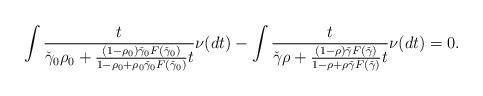
LaTeX: \begin{align*}\int \frac{t}{\check\gamma_0\rho_0+\frac{(1-\rho_0)\check\gamma_0F(\check\gamma_0)}{1-\rho_0+\rho_0\check\gamma_0 F(\check{\gamma}_0)}t}\nu(dt) - \int \frac{t}{\check\gamma\rho+\frac{(1-\rho)\check\gamma F(\check\gamma)}{1-\rho+\rho \check\gamma F(\check{\gamma})}t}\nu(dt) &= 0.\end{align*}